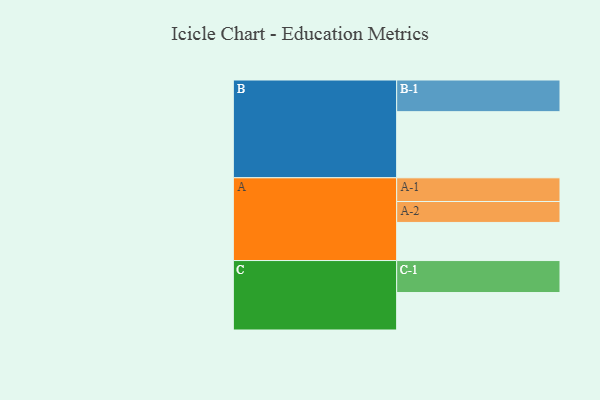
{"axis": {"x": "Segment", "y": "Value"}, "legend": ["", "A", "B", "C"], "data": [{"x": "A", "y": 344, "type": ""}, {"x": "B", "y": 597, "type": ""}, {"x": "C", "y": 338, "type": ""}, {"x": "A-1", "y": 214, "type": "A"}, {"x": "A-2", "y": 189, "type": "A"}, {"x": "B-1", "y": 286, "type": "B"}, {"x": "C-1", "y": 289, "type": "C"}]}